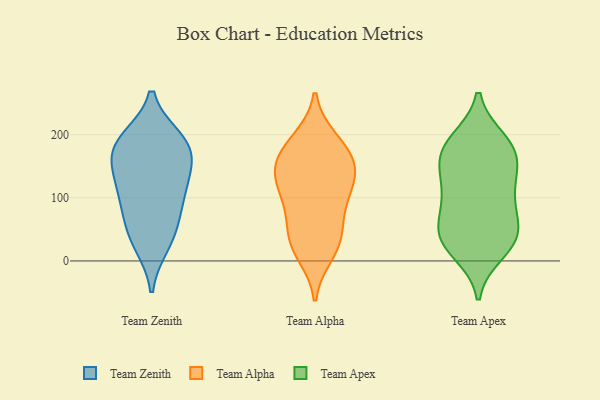
{"axis": {"x": "Latency (ms)", "y": "Value"}, "legend": ["Team Alpha", "Team Apex", "Team Zenith"], "data": [{"x": "", "y": 192, "type": "Team Zenith"}, {"x": "", "y": 135, "type": "Team Zenith"}, {"x": "", "y": 183, "type": "Team Zenith"}, {"x": "", "y": 101, "type": "Team Zenith"}, {"x": "", "y": 63, "type": "Team Zenith"}, {"x": "", "y": 27, "type": "Team Zenith"}, {"x": "", "y": 93, "type": "Team Zenith"}, {"x": "", "y": 185, "type": "Team Zenith"}, {"x": "", "y": 38, "type": "Team Zenith"}, {"x": "", "y": 157, "type": "Team Zenith"}, {"x": "", "y": 182, "type": "Team Zenith"}, {"x": "", "y": 128, "type": "Team Zenith"}, {"x": "", "y": 95, "type": "Team Alpha"}, {"x": "", "y": 160, "type": "Team Alpha"}, {"x": "", "y": 18, "type": "Team Alpha"}, {"x": "", "y": 10, "type": "Team Alpha"}, {"x": "", "y": 32, "type": "Team Alpha"}, {"x": "", "y": 119, "type": "Team Alpha"}, {"x": "", "y": 148, "type": "Team Alpha"}, {"x": "", "y": 113, "type": "Team Alpha"}, {"x": "", "y": 193, "type": "Team Alpha"}, {"x": "", "y": 144, "type": "Team Alpha"}, {"x": "", "y": 125, "type": "Team Alpha"}, {"x": "", "y": 41, "type": "Team Alpha"}, {"x": "", "y": 56, "type": "Team Alpha"}, {"x": "", "y": 173, "type": "Team Alpha"}, {"x": "", "y": 155, "type": "Team Alpha"}, {"x": "", "y": 191, "type": "Team Alpha"}, {"x": "", "y": 80, "type": "Team Alpha"}, {"x": "", "y": 119, "type": "Team Apex"}, {"x": "", "y": 175, "type": "Team Apex"}, {"x": "", "y": 34, "type": "Team Apex"}, {"x": "", "y": 35, "type": "Team Apex"}, {"x": "", "y": 34, "type": "Team Apex"}, {"x": "", "y": 188, "type": "Team Apex"}, {"x": "", "y": 157, "type": "Team Apex"}, {"x": "", "y": 51, "type": "Team Apex"}, {"x": "", "y": 95, "type": "Team Apex"}, {"x": "", "y": 45, "type": "Team Apex"}, {"x": "", "y": 112, "type": "Team Apex"}, {"x": "", "y": 169, "type": "Team Apex"}, {"x": "", "y": 15, "type": "Team Apex"}, {"x": "", "y": 87, "type": "Team Apex"}, {"x": "", "y": 190, "type": "Team Apex"}, {"x": "", "y": 153, "type": "Team Apex"}]}